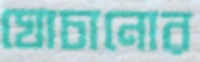
ঘোচানোর